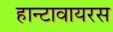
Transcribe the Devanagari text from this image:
हान्टावायरस